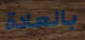
بالعادة